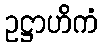
ဥဋ္ဌာဟိကံ